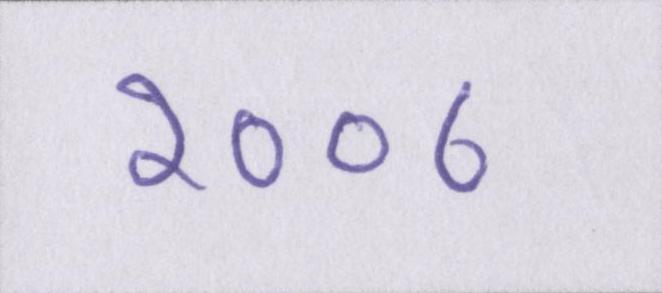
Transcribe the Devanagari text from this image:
२००८